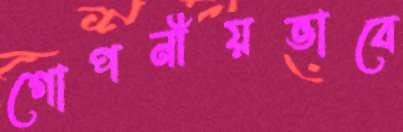
গোপনীয়ভাবে